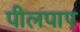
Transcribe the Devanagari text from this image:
पीलपाए